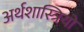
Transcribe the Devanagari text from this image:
अर्थशास्त्रियो